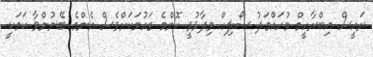
ރައީސް އިބްރާހީމް މުހައްމަދު ސޯލިހް ވިދާޅުވީ ކޮންމެ ގައުމަކަށްވެސް އެންމެ ބޭނުންވާ ކަމަކީ